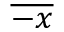
\overline { { - x } }